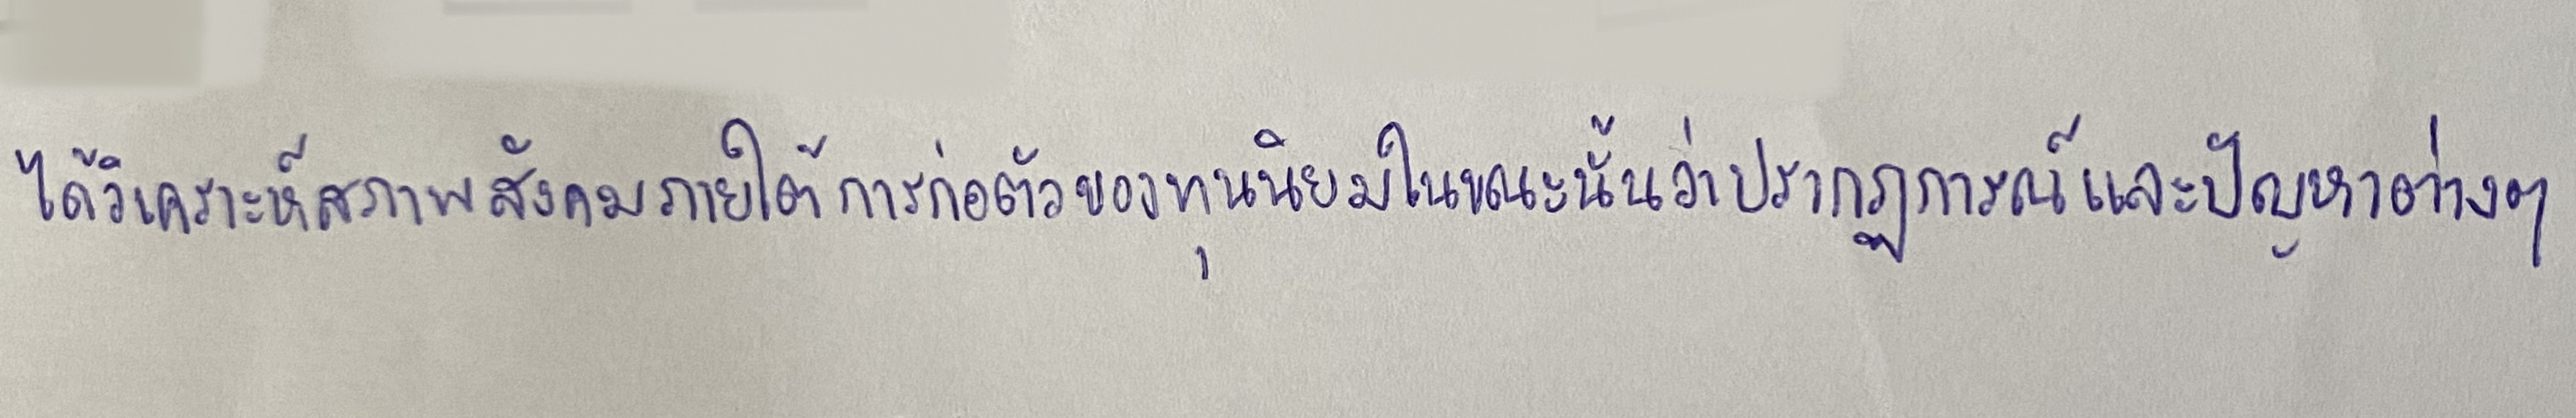
ได้วิเคราะห์สภาพสังคมภายใต้การก่อตัวของทุนนิยมในขณะนั้นว่าปรากฏการณ์และปัญหาต่างๆ